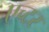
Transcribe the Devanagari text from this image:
एच्टर